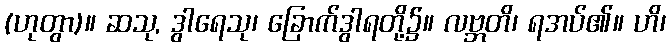
(ဟုတွာ)။ ဆသု, ဒွါရေသု၊ ခြောက်ဒွါရတို့၌။ လဗ္ဘတိ၊ ရအပ်၏။ ဟိ၊